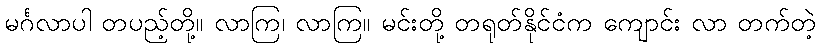
မင်္ဂလာပါ တပည့်တို့။ လာကြ၊ လာကြ။ မင်းတို့ တရုတ်နိုင်ငံက ကျောင်း လာ တက်တဲ့